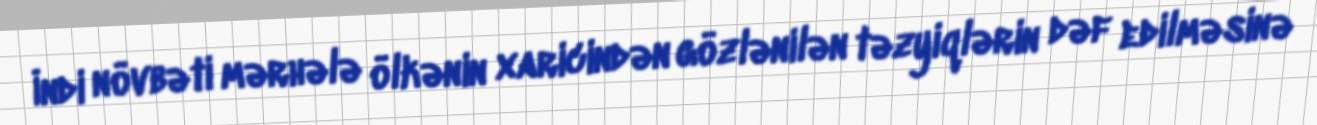
İndi növbəti mərhələ ölkənin xaricindən gözlənilən təzyiqlərin dəf edilməsinə